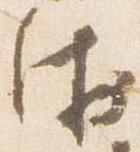
衛